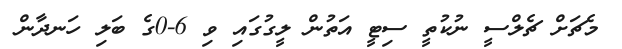
މެޗަށް ޗެލްސީ ނުކުތީ ސިޓީ އަތުން ލީގުގައި ވި 6-0ގެ ބަލި ހަނދާން